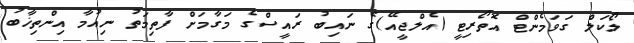
ލޯކަލް ގަވަމެންޓް އޮތޯރިޓީ (އެލްޖީއޭ)ގެ ނައިބު ރައީސްގެ މަގާމަށް ފާތިމަތު ނިއުމާ އިންތިޚާބު